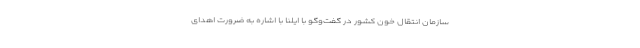
سازمان انتقال خون کشور در گفت‌وگو با ایلنا با اشاره به ضرورت اهدای